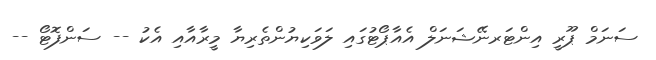
ސަނަމް ޕޫރީ އިންޓަރނޭޝަނަލް އެއާޕޯޓުގައި ލަވަކިޔުންތެރިޔާ މީރާއާއި އެކު -- ސަންފޮޓޯ --